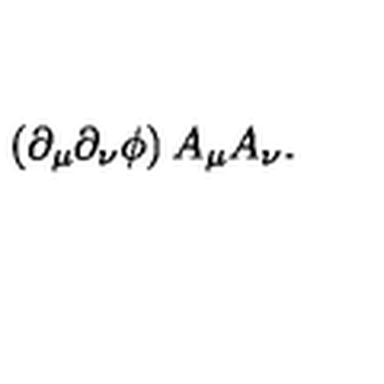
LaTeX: \left( \partial _ { \mu } \partial _ { \nu } \phi \right) A _ { \mu } A _ { \nu } .